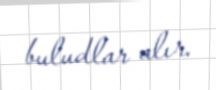
buludlar alır.